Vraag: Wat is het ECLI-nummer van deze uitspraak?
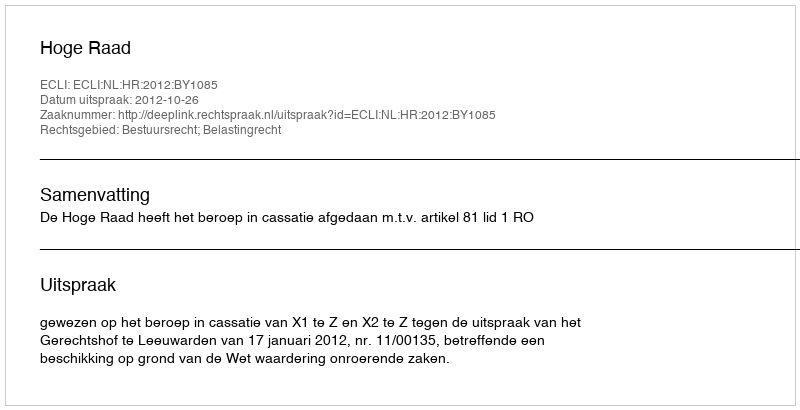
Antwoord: ECLI:NL:HR:2012:BY1085